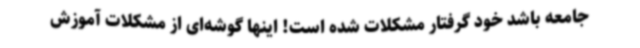
جامعه باشد خود گرفتار مشکلات شده است! اینها گوشه‌ای از مشکلات آموزش